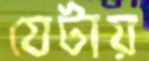
যেটায়